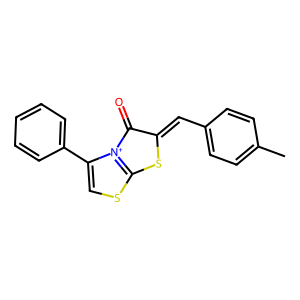
SMILES: Cc1ccc(C=C2Sc3scc(-c4ccccc4)[n+]3C2=O)cc1
Inhibits HIV replication: No